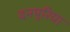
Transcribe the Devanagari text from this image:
दनपुरिया